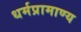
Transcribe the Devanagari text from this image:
धर्मप्रामाण्य